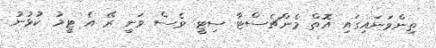
ތިންވަނައިގައި އޮތް މެންޗެސްޓާ ސިޓީ ވެސް ވަނީ ރޭ އެ ޓީމު ކުޅުނު